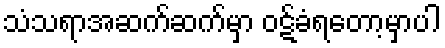
သံသရာအဆက်ဆက်မှာ ဝဋ်ခံရတော့မှာပါ